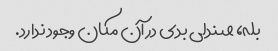
بله، صندلی بدی در آن مکان وجود ندارد.